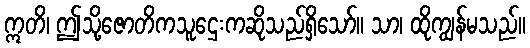
ဣတိ၊ ဤသို့ဇောတိကသူဌေးကဆိုသည်ရှိသော်။ သာ၊ ထိုကျွန်မသည်။